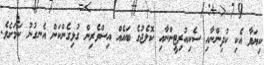
ކިޔަވާ އެކި ކުދިންނާއި ސެކިއުރިޓީންނާއި ކޮލެޖުގެ ބައެއް އިިސްވެރިން ގުޅިގެންކަން އެނގުނު ކަމަށެވެ.